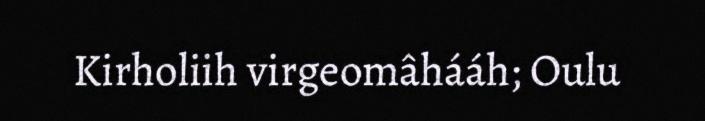
Kirholiih virgeomâhááh; Oulu